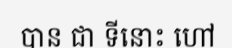
បាន ជា ទីនោះ ហៅ